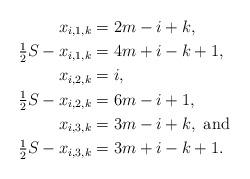
LaTeX: \begin{align*}x_{i,1,k} &= 2m-i+k, \\\tfrac{1}{2} S -x_{i,1,k} &= 4m+i-k+1, \\x_{i,2,k} &= i, \\\tfrac{1}{2} S - x_{i,2,k} &= 6m-i+1, \\x_{i,3,k} &= 3m-i+k, \mbox{ and } \\\tfrac{1}{2} S - x_{i,3,k} &= 3m+i-k+1. \end{align*}